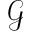
\mathcal { G }